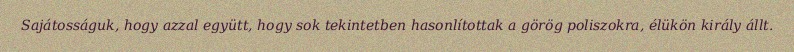
Sajátosságuk, hogy azzal együtt, hogy sok tekintetben hasonlítottak a görög poliszokra, élükön király állt.